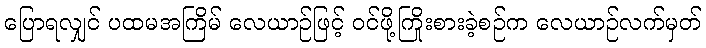
ပြောရလျှင် ပထမအကြိမ် လေယာဉ်ဖြင့် ဝင်ဖို့ကြိုးစားခဲ့စဉ်က လေယာဉ်လက်မှတ်